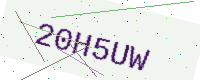
Text: 20H5UW